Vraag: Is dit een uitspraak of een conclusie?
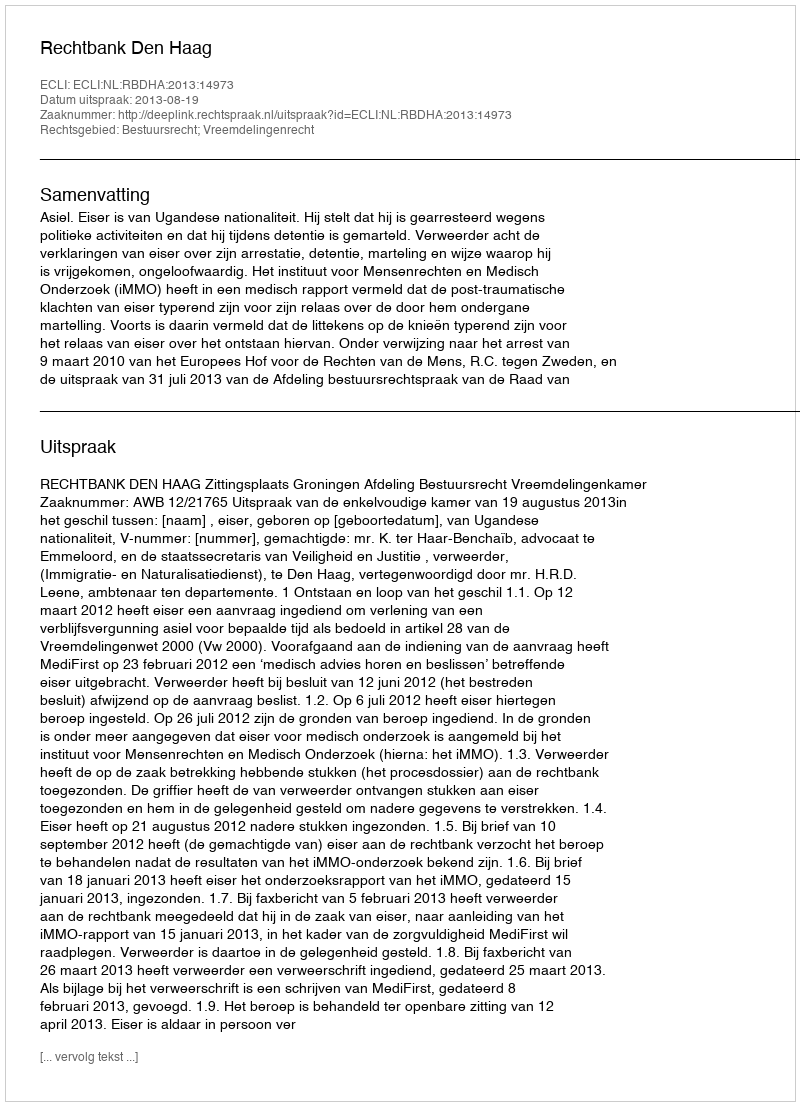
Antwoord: Uitspraak